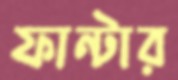
ফান্টার